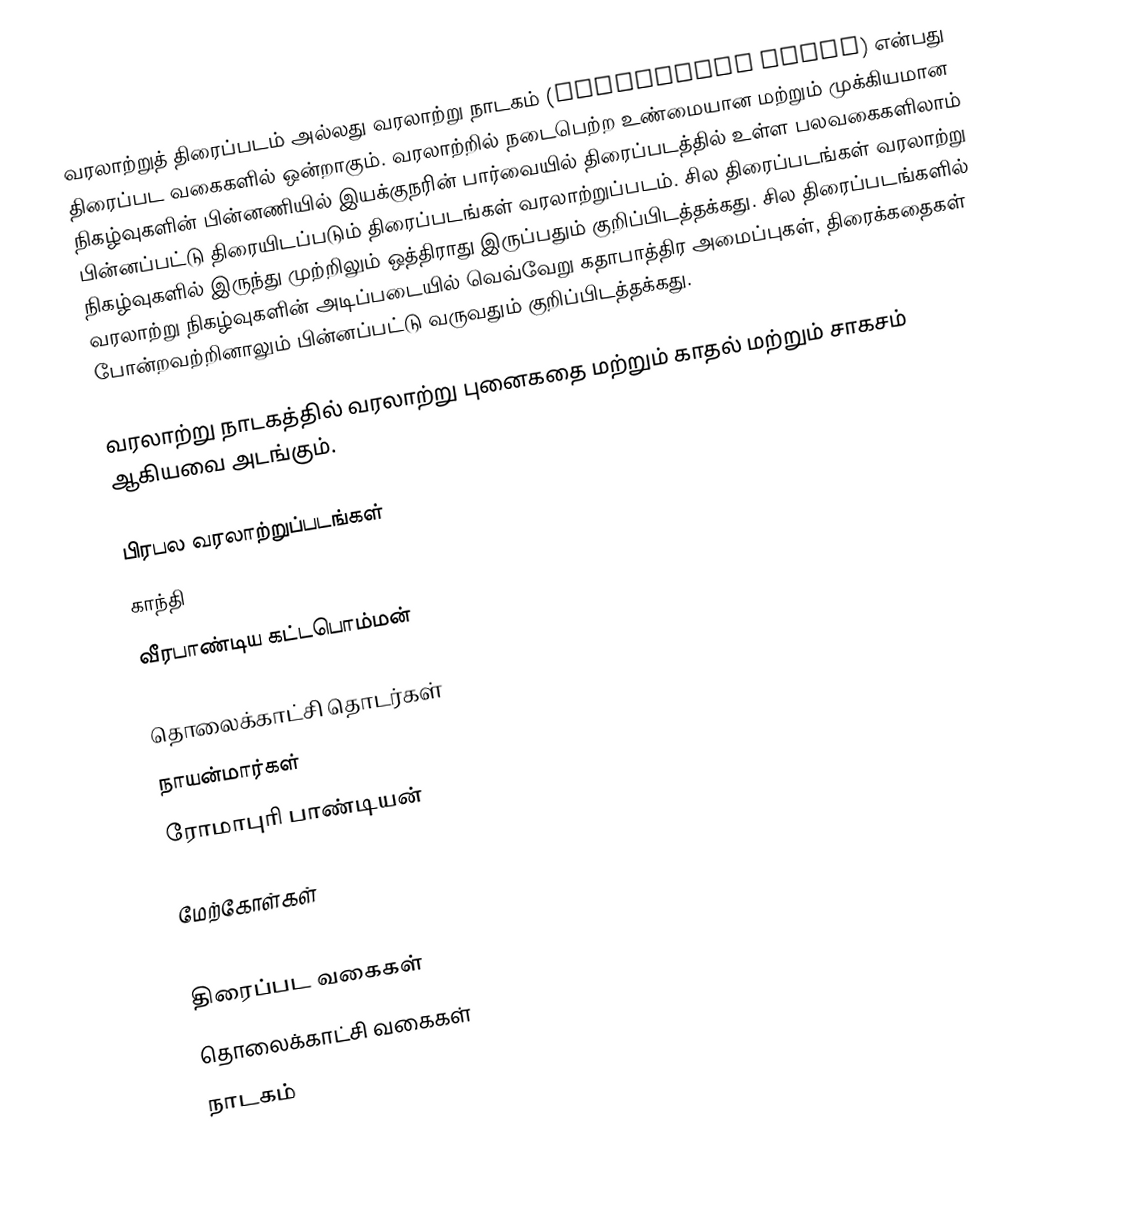
வரலாற்றுத் திரைப்படம் அல்லது வரலாற்று நாடகம் (Historical drama) என்பது திரைப்பட வகைகளில் ஒன்றாகும். வரலாற்றில் நடைபெற்ற உண்மையான மற்றும் முக்கியமான நிகழ்வுகளின் பின்னணியில் இயக்குநரின் பார்வையில் திரைப்படத்தில் உள்ள பலவகைகளிலாம் பின்னப்பட்டு திரையிடப்படும் திரைப்படங்கள் வரலாற்றுப்படம். சில திரைப்படங்கள் வரலாற்று நிகழ்வுகளில் இருந்து முற்றிலும் ஒத்திராது இருப்பதும் குறிப்பிடத்தக்கது. சில திரைப்படங்களில் வரலாற்று நிகழ்வுகளின் அடிப்படையில் வெவ்வேறு கதாபாத்திர அமைப்புகள், திரைக்கதைகள் போன்றவற்றினாலும் பின்னப்பட்டு வருவதும் குறிப்பிடத்தக்கது.

வரலாற்று நாடகத்தில் வரலாற்று புனைகதை மற்றும் காதல்  மற்றும் சாகசம் ஆகியவை அடங்கும்.

பிரபல வரலாற்றுப்படங்கள்
 காந்தி
 வீரபாண்டிய கட்டபொம்மன்

தொலைக்காட்சி தொடர்கள்
 நாயன்மார்கள்
 ரோமாபுரி பாண்டியன்

மேற்கோள்கள்

திரைப்பட வகைகள்
தொலைக்காட்சி வகைகள்
நாடகம்